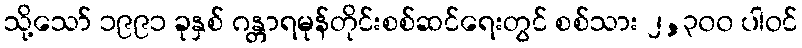
သို့သော် ၁၉၉၁ ခုနှစ် ဂန္တာရမုန်တိုင်းစစ်ဆင်ရေးတွင် စစ်သား ၂,၃၀၀ ပါဝင်